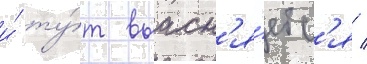
и́ ту́т выасн'я́етс'я /